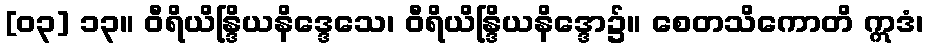
[၀၃] ၁၃။ ဝီရိယိန္ဒြိယနိဒ္ဒေသေ၊ ဝီရိယိန္ဒြိယနိဒ္ဒော၌။ စေတသိကောတိ ဣဒံ၊